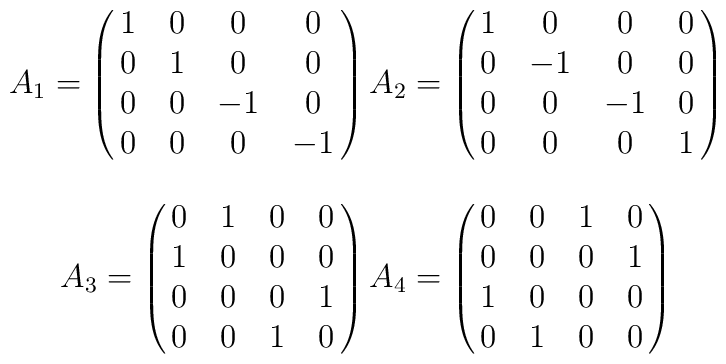
\begin{array}{c}A_1 = \left(\matrix{1 & 0 & 0 & 0 \\ 	0 & 1 & 0 & 0 \\	0 & 0 & -1 & 0 \\	0 & 0 & 0 & -1 \\}\right)A_2 = \left(\matrix{1 & 0 & 0 & 0 \\ 	0 & -1 & 0 & 0 \\	0 & 0 & -1 & 0 \\	0 & 0 & 0 & 1 \\}\right)\\ \\A_3 = \left(\matrix{0 & 1 & 0 & 0 \\ 	1 & 0 & 0 & 0 \\	0 & 0 & 0 & 1 \\	0 & 0 & 1 & 0 \\}\right)A_4 = \left(\matrix{0 & 0 & 1 & 0 \\ 	0 & 0 & 0 & 1 \\	1 & 0 & 0 & 0 \\	0 & 1 & 0 & 0 \\}\right)\end{array}